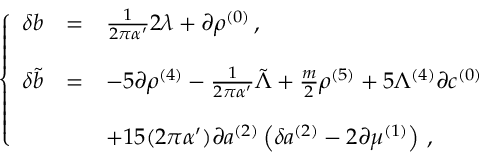
\left\{ \begin{array} { r c l } { { \delta b } } & { { = } } & { { \frac { 1 } { 2 \pi \alpha ^ { \prime } } 2 \lambda + \partial \rho ^ { ( 0 ) } \, , } } \\ { { } } & { { } } & { { } } \\ { { \delta \tilde { b } } } & { { = } } & { { - 5 \partial \rho ^ { ( 4 ) } - \frac { 1 } { 2 \pi \alpha ^ { \prime } } \tilde { \Lambda } + \frac { m } { 2 } \rho ^ { ( 5 ) } + 5 \Lambda ^ { ( 4 ) } \partial c ^ { ( 0 ) } } } \\ { { } } & { { } } & { { } } \\ { { } } & { { } } & { { + 1 5 ( 2 \pi \alpha ^ { \prime } ) \partial a ^ { ( 2 ) } \left( \delta a ^ { ( 2 ) } - 2 \partial \mu ^ { ( 1 ) } \right) \, , } } \end{array} \right.